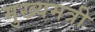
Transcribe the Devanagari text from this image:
मुख्यमत्री